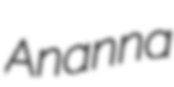
Ananna